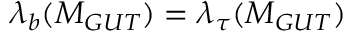
\lambda _ { b } ( M _ { G U T } ) = \lambda _ { \tau } ( M _ { G U T } )